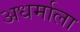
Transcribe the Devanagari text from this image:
अधर्माला